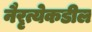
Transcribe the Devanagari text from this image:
नैरृत्येकडील